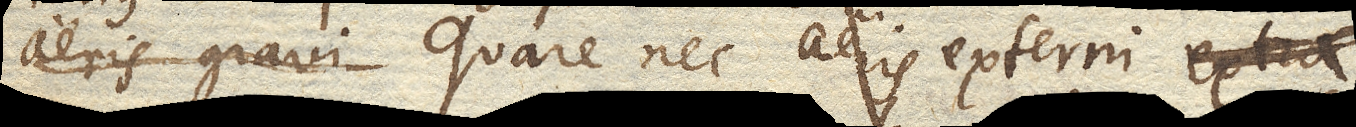
aeris gravi Quare nec aeris externi extra